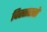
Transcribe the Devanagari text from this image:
विस्तारतो